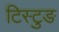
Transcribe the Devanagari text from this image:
टिस्टुङ